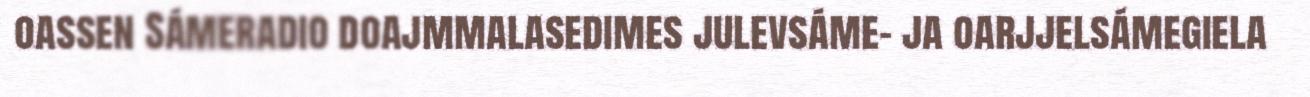
oassen Sámeradio doajmmalasedimes julevsáme- ja oarjjelsámegiela